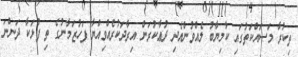
ތިކުރާ މަސައްކަތުގައި ކާމިޔާބު ލެއްވުންއެދި ދުޢާކުރަން އިރާދަކުރެއްވިއްޔާ ފަހުޒަމާނުގެ ތި ފުޅަކާ ދަންނަ